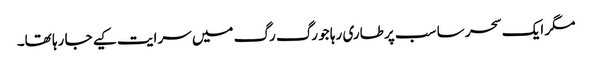
مگر ایک سحر سا سب پر طاری رہا جو رگ رگ میں سرایت کیے جا رہا تھا۔